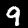
Digit: 9